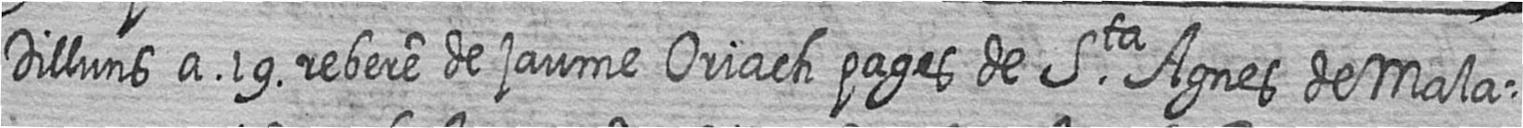
Dilluns a 19 rebere de jaume Oriach pages de Sta Agnes de Mala=